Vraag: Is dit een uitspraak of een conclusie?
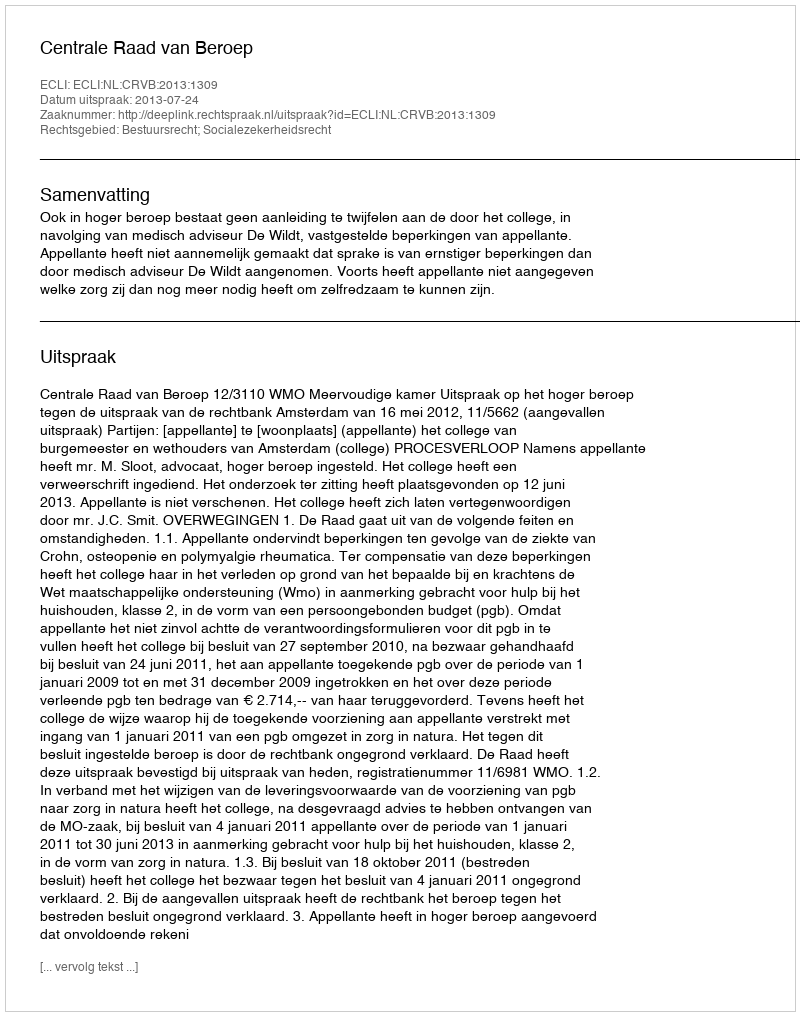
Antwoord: Uitspraak